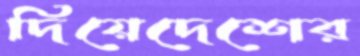
দিয়েদেশের